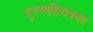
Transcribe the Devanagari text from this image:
दुस्साहिसकता